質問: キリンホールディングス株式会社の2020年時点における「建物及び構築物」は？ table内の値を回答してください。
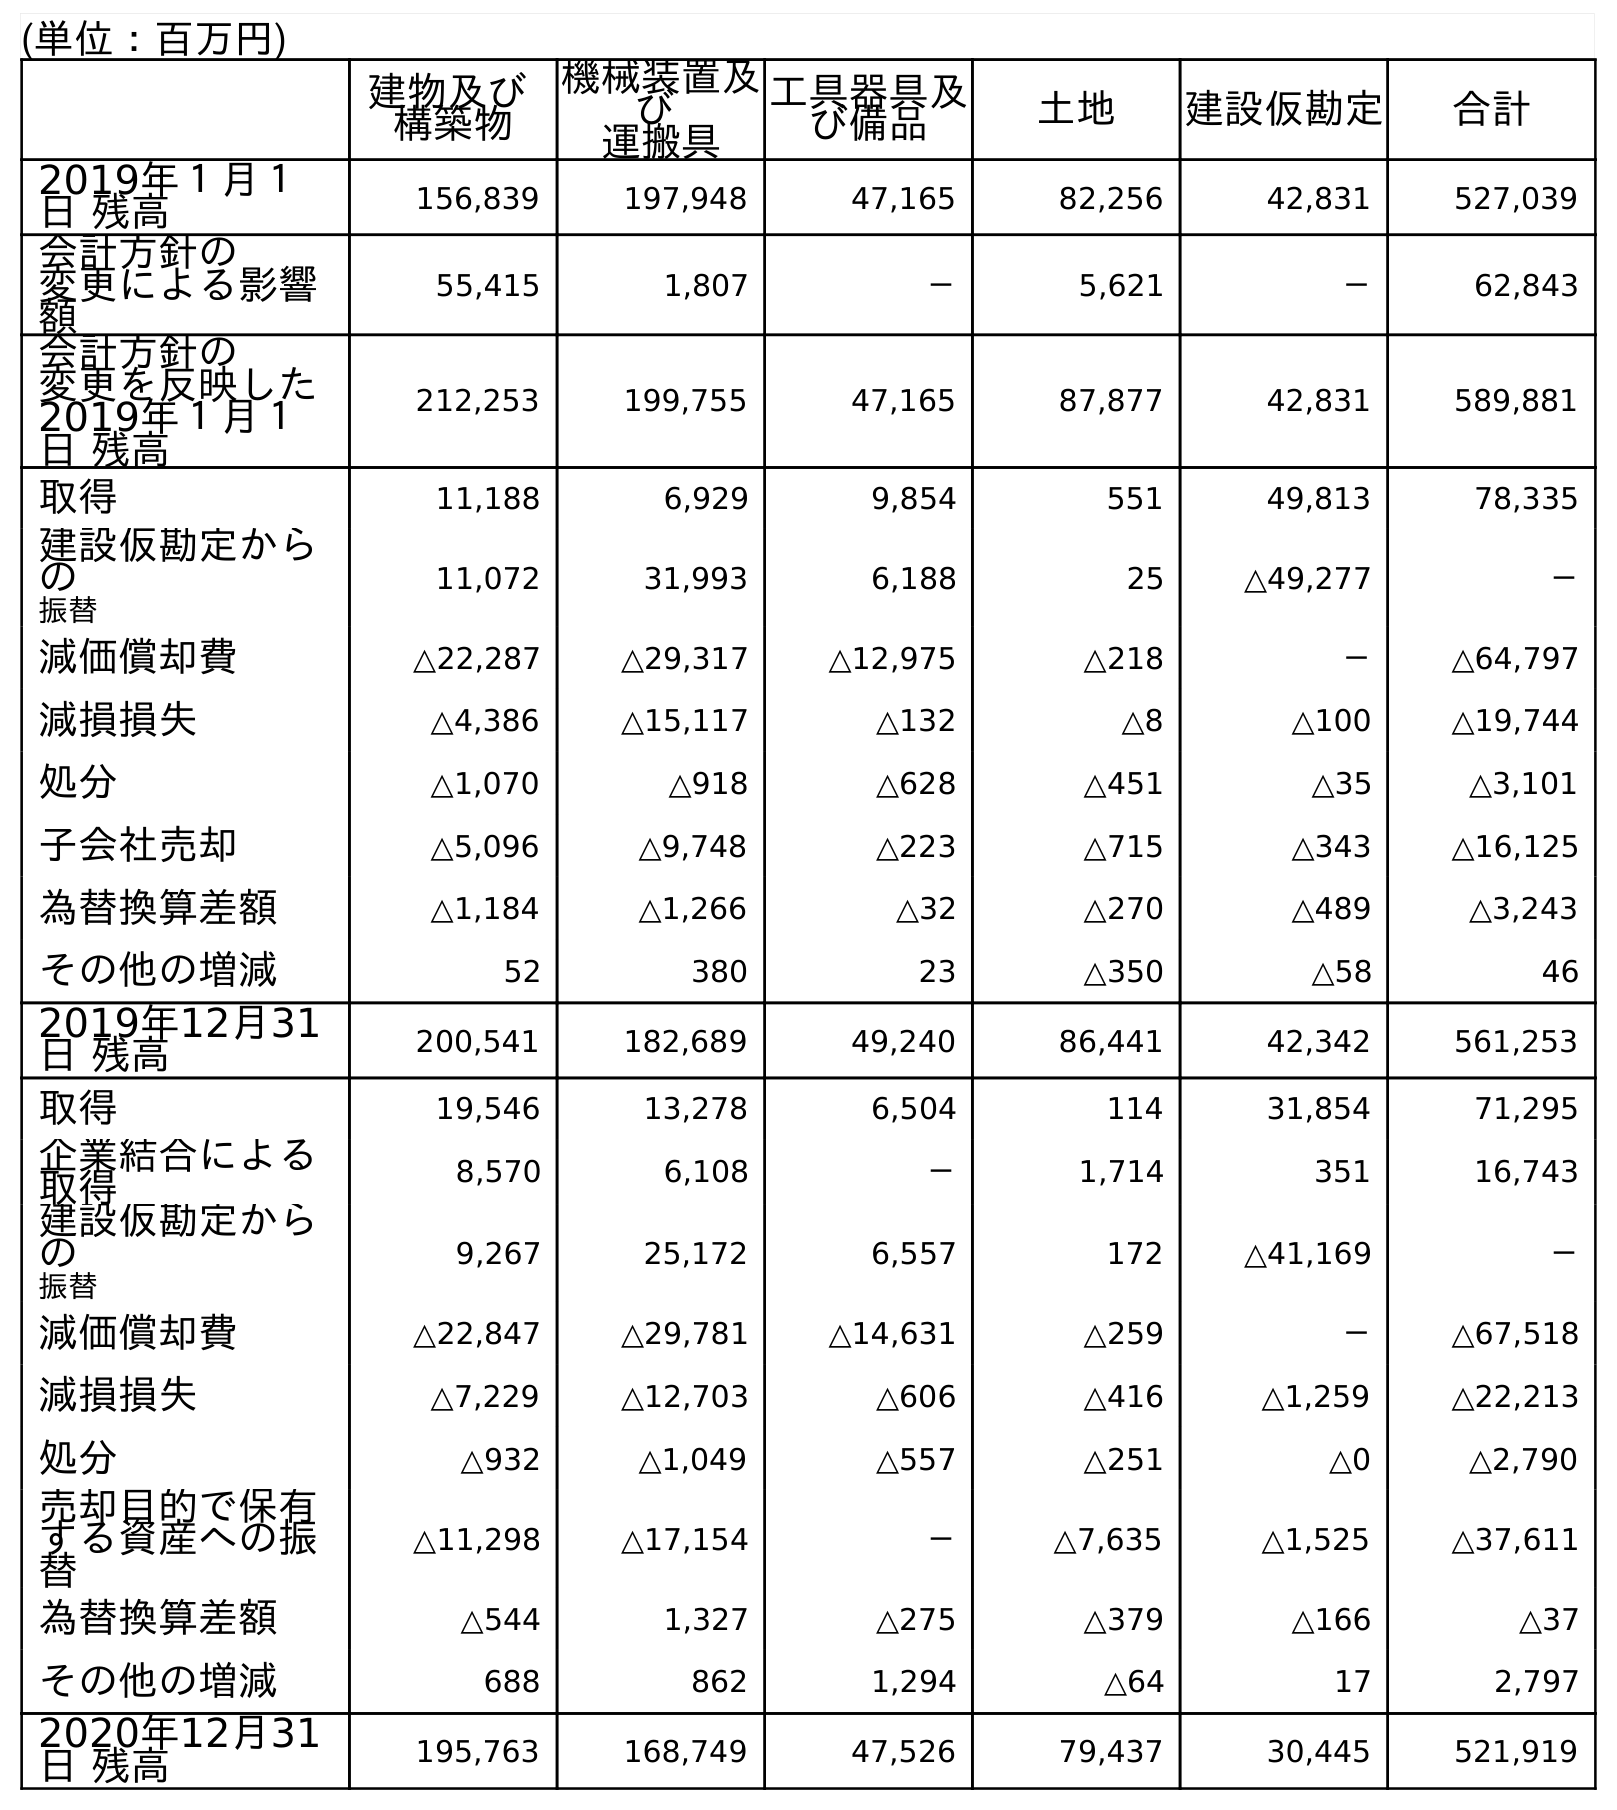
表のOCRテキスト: (単位：百万円) 建物及び 構築物 機械装置及 び 運搬具 工具器具及 び備品 土地 建設仮勘定 合計 2019年１月１ 日 残高 156,839 197,948 47,165 82,256 42,831 527,039 会計方針の 変更による影響 額 55,415 1,807 － 5,621 － 62,843 会計方針の 変更を反映した 2019年１月１ 日 残高 212,253 199,755 47,165 87,877 42,831 589,881 取得 11,188 6,929 9,854 551 49,813 78,335 建設仮勘定から の 振替 11,072 31,993 6,188 25 △49,277 － 減価償却費 △22,287 △29,317 △12,975 △218 － △64,797 減損損失 △4,386 △15,117 △132 △8 △100 △19,744 処分 △1,070 △918 △628 △451 △35 △3,101 子会社売却 △5,096 △9,748 △223 △715 △343 △16,125 為替換算差額 △1,184 △1,266 △32 △270 △489 △3,243 その他の増減 52 380 23 △350 △58 46 2019年12月31 日 残高 200,541 182,689 49,240 86,441 42,342 561,253 取得 19,546 13,278 6,504 114 31,854 71,295 企業結合による 取得 8,570 6,108 － 1,714 351 16,743 建設仮勘定から の 振替 9,267 25,172 6,557 172 △41,169 － 減価償却費 △22,847 △29,781 △14,631 △259 － △67,518 減損損失 △7,229 △12,703 △606 △416 △1,259 △22,213 処分 △932 △1,049 △557 △251 △0 △2,790 売却目的で保有 する資産への振 替 △11,298 △17,154 － △7,635 △1,525 △37,611 為替換算差額 △544 1,327 △275 △379 △166 △37 その他の増減 688 862 1,294 △64 17 2,797 2020年12月31 日 残高 195,763 168,749 47,526 79,437 30,445 521,919
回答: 195,763